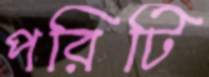
পরিটি